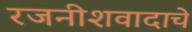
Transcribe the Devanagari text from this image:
रजनीशवादाचे